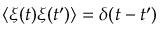
\left\langle \xi ( t ) \xi ( t ^ { \prime } ) \right\rangle = \delta ( t - t ^ { \prime } )